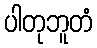
ပါတုဘူတံ